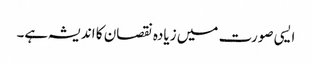
ایسی صورت میں زیادہ نقصان کا اندیشہ ہے۔